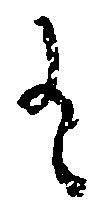
有